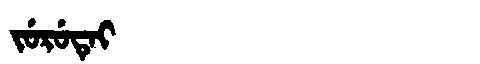
Manchu: ᠵᡠᡵᡠᡨᡝᡳ
Romanization: JURUTEI